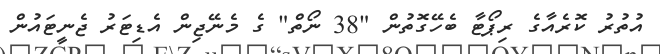
އުތުރު ކޮރެއާގެ ރިޕޯޓާ ބެހޭގޮތުން "38 ނޯތް" ގެ މެނޭޖިން އެޑިޓަރު ޖެނީޓައުން